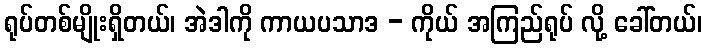
ရုပ်တစ်မျိုးရှိတယ်၊ အဲဒါကို ကာယပသာဒ - ကိုယ် အကြည်ရုပ် လို့ ခေါ်တယ်၊